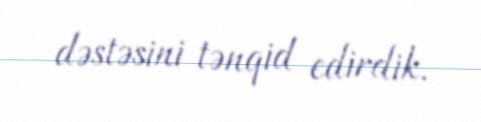
dəstəsini tənqid edirdik.